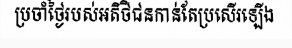
ប្រចាំថ្ងៃរបស់អតិថិជនកាន់តែប្រសើរឡើង